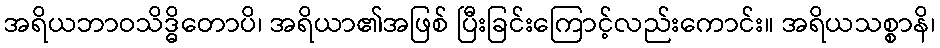
အရိယဘာဝသိဒ္ဓိတောပိ၊ အရိယာ၏အဖြစ် ပြီးခြင်းကြောင့်လည်းကောင်း။ အရိယသစ္စာနိ၊